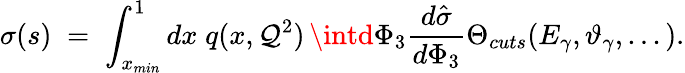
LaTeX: \sigma(s)\; =\; \int_{x_{min}}^{1}dx\; q(x,\mathcal{Q}^{2})\, \intd\Phi_{3}\frac{{d\hat{{\sigma}}}}{{d\Phi_{3}}}\Theta_{cuts}(E_{\gamma},\vartheta_{\gamma},...).